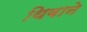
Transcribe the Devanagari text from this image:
थिबाने